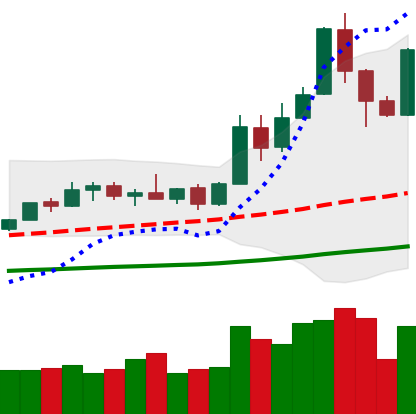
Ticker: XMR-USD
Chart end date: 2019-05-19
Forward return: -5.566%
Label: down_5_7